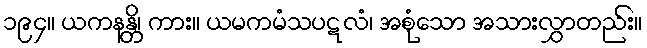
၁၉၄။ ယကနန္တိ၊ ကား။ ယမကမံသပဋလံ၊ အစုံသော အသားလွှာတည်း။